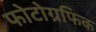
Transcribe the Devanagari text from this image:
फोटोग्रफिक